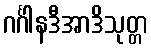
ဂင်္ဂါနဒီအာဒိသုတ္တ